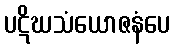
ပဋိဃသံယောဇနံပေ